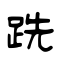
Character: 跣